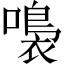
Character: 𡀮